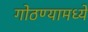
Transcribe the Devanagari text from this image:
गोठण्यामध्ये